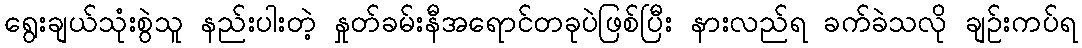
ရွေးချယ်သုံးစွဲသူ နည်းပါးတဲ့ နှုတ်ခမ်းနီအရောင်တခုပဲဖြစ်ပြီး နားလည်ရ ခက်ခဲသလို ချဉ်းကပ်ရ